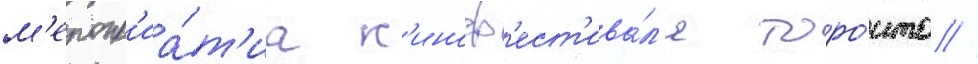
м'еропр'иа́т'иа к'иноф'ест'ива́л'я торо́нто //